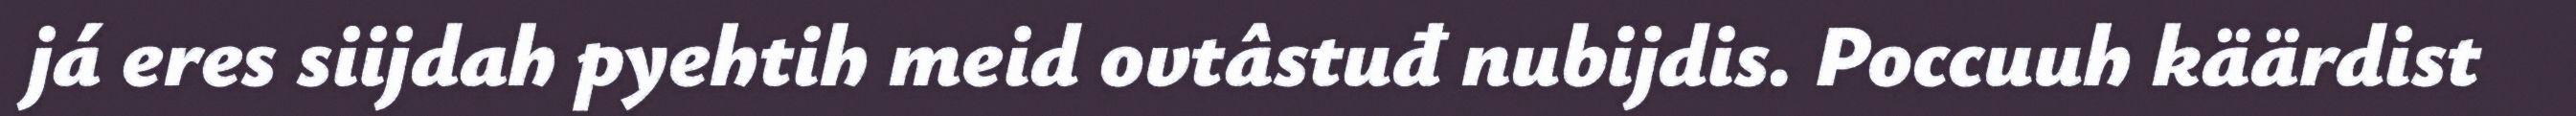
já eres siijdah pyehtih meid ovtâstuđ nubijdis. Poccuuh käärdist